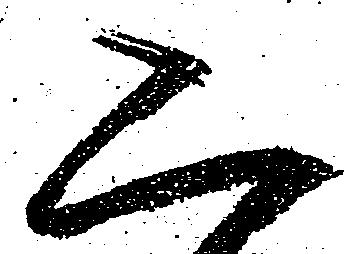
二